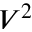
V ^ { 2 }